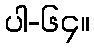
ပါ-၆၄။